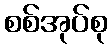
စစ်အုပ်စု